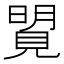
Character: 𧡜